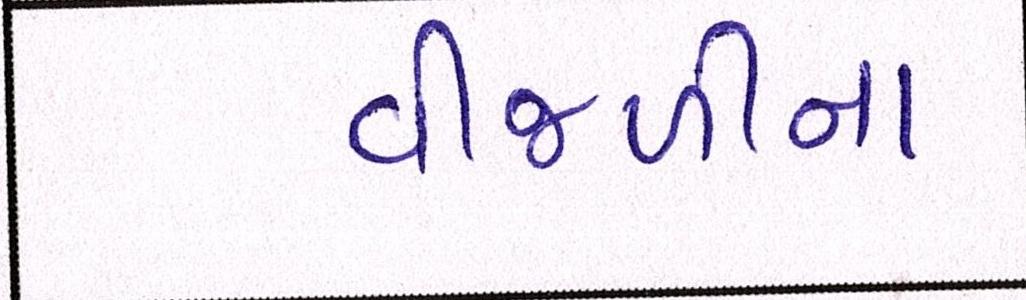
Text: વીજળીના